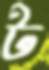
ট